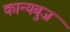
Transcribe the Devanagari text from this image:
कान्यबुज